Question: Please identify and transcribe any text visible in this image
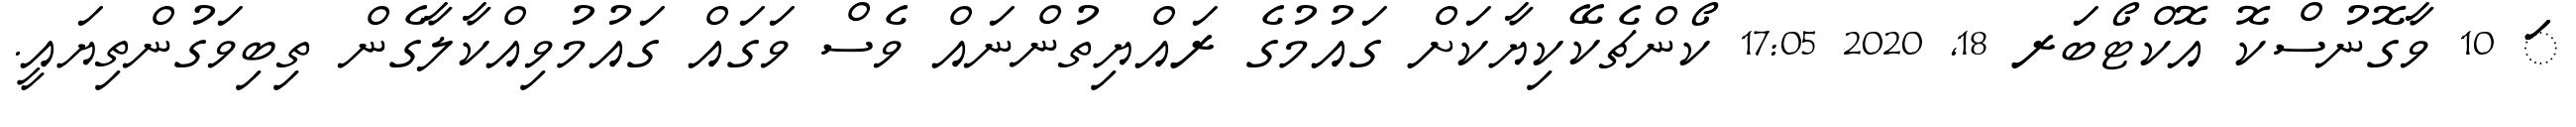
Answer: ަަަަަ 10 ވާގޮނުސްކޮ އޮކްޓޯބަރ 18, 2020 17:05 ކޯންޗެކޭކިޔާކަށް ގައުމުގެ ރައްޔިތުންނައް ވެސް ވަގައް ގައުމުވިއްކާލާގެން ތިބިވަގުންތިޔައީ.